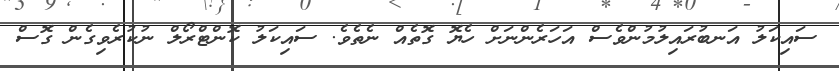
ސައިކަލު އަނބުރައިލުމުންވެސް އަހަރެންނަށް ހެޔޮ ގޮތެއް ނެތެވެ. ސައިކަލު ކޮންޓްރޯލް ނުކުރެވިގެން ގޮސް